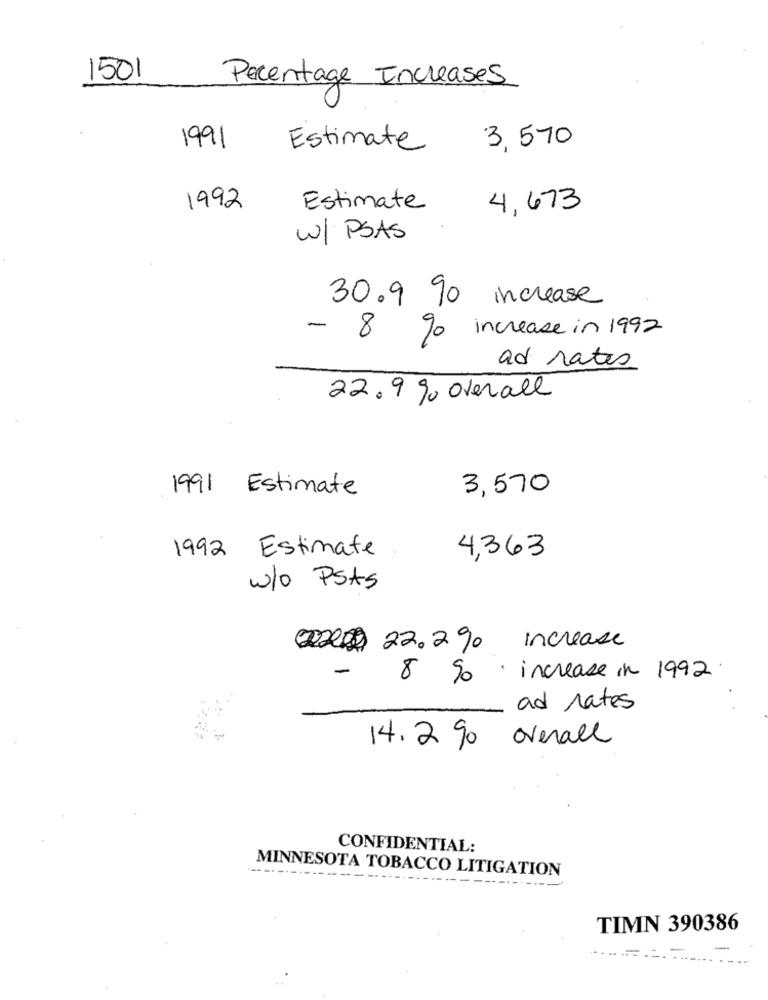
1501
Percentage Increases
3, 570
1991
Estimate
1992
Estimate
4, 673
W/ PSAS
30.9 90 increase
- 8 % increase in 1992
ad rates
22.9 % overall
1991 Estimate
3,570
1992 Estimate
4,363
w/o PSAS
22.290 increase
-
So increase in 1992
ad rates
14.2 90 Overall
CONFIDENTIAL:
MINNESOTA TOBACCO LITIGATION
----------
TIMN 390386